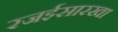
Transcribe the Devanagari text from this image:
रजईसारखा